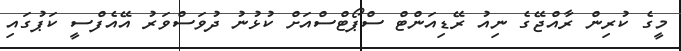
މީގެ ކުރިން ރާއްޖޭގެ ނިއު ރޭޑިއަންޓް ސްޕޯޓްސްއަށް ކުޅުނު ދުވަސްވަރު އޭއެފްސީ ކަޕުގައި